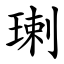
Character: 㻝